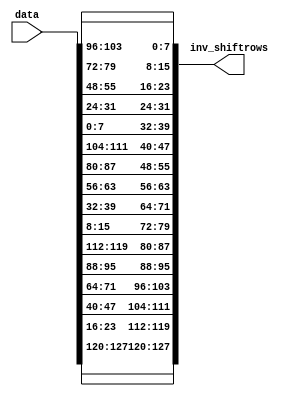
module ShiftRowsInv(input [127 : 0] data, output reg [127:0] inv_shiftrows);
    reg [31 : 0] w0, w1, w2, w3;
    reg [31 : 0] ws0, ws1, ws2, ws3;
	 always
	 begin
      w0 = data[127 : 096];
      w1 = data[095 : 064];
      w2 = data[063 : 032];
      w3 = data[031 : 000];

      ws0 = {w0[31 : 24], w3[23 : 16], w2[15 : 08], w1[07 : 00]};
      ws1 = {w1[31 : 24], w0[23 : 16], w3[15 : 08], w2[07 : 00]};
      ws2 = {w2[31 : 24], w1[23 : 16], w0[15 : 08], w3[07 : 00]};
      ws3 = {w3[31 : 24], w2[23 : 16], w1[15 : 08], w0[07 : 00]};

      inv_shiftrows = {ws0, ws1, ws2, ws3};
		end
endmodule